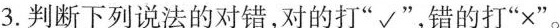
3.判断下列说法的对错，对的打”√”，错的打”×”。